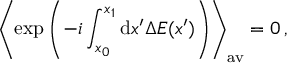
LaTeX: \left\langle \exp \left( - i \int _ { x _ { 0 } } ^ { x _ { 1 } } \mathrm { d } x ^ { \prime } \Delta E ( x ^ { \prime } ) \right) \right\rangle _ { \mathrm { a v } } = 0 \, ,